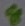
Text: 8